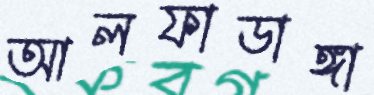
আলফাডাঙ্গা